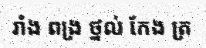
រាំង ពង្រ ថ្នល់ កែង ត្រ